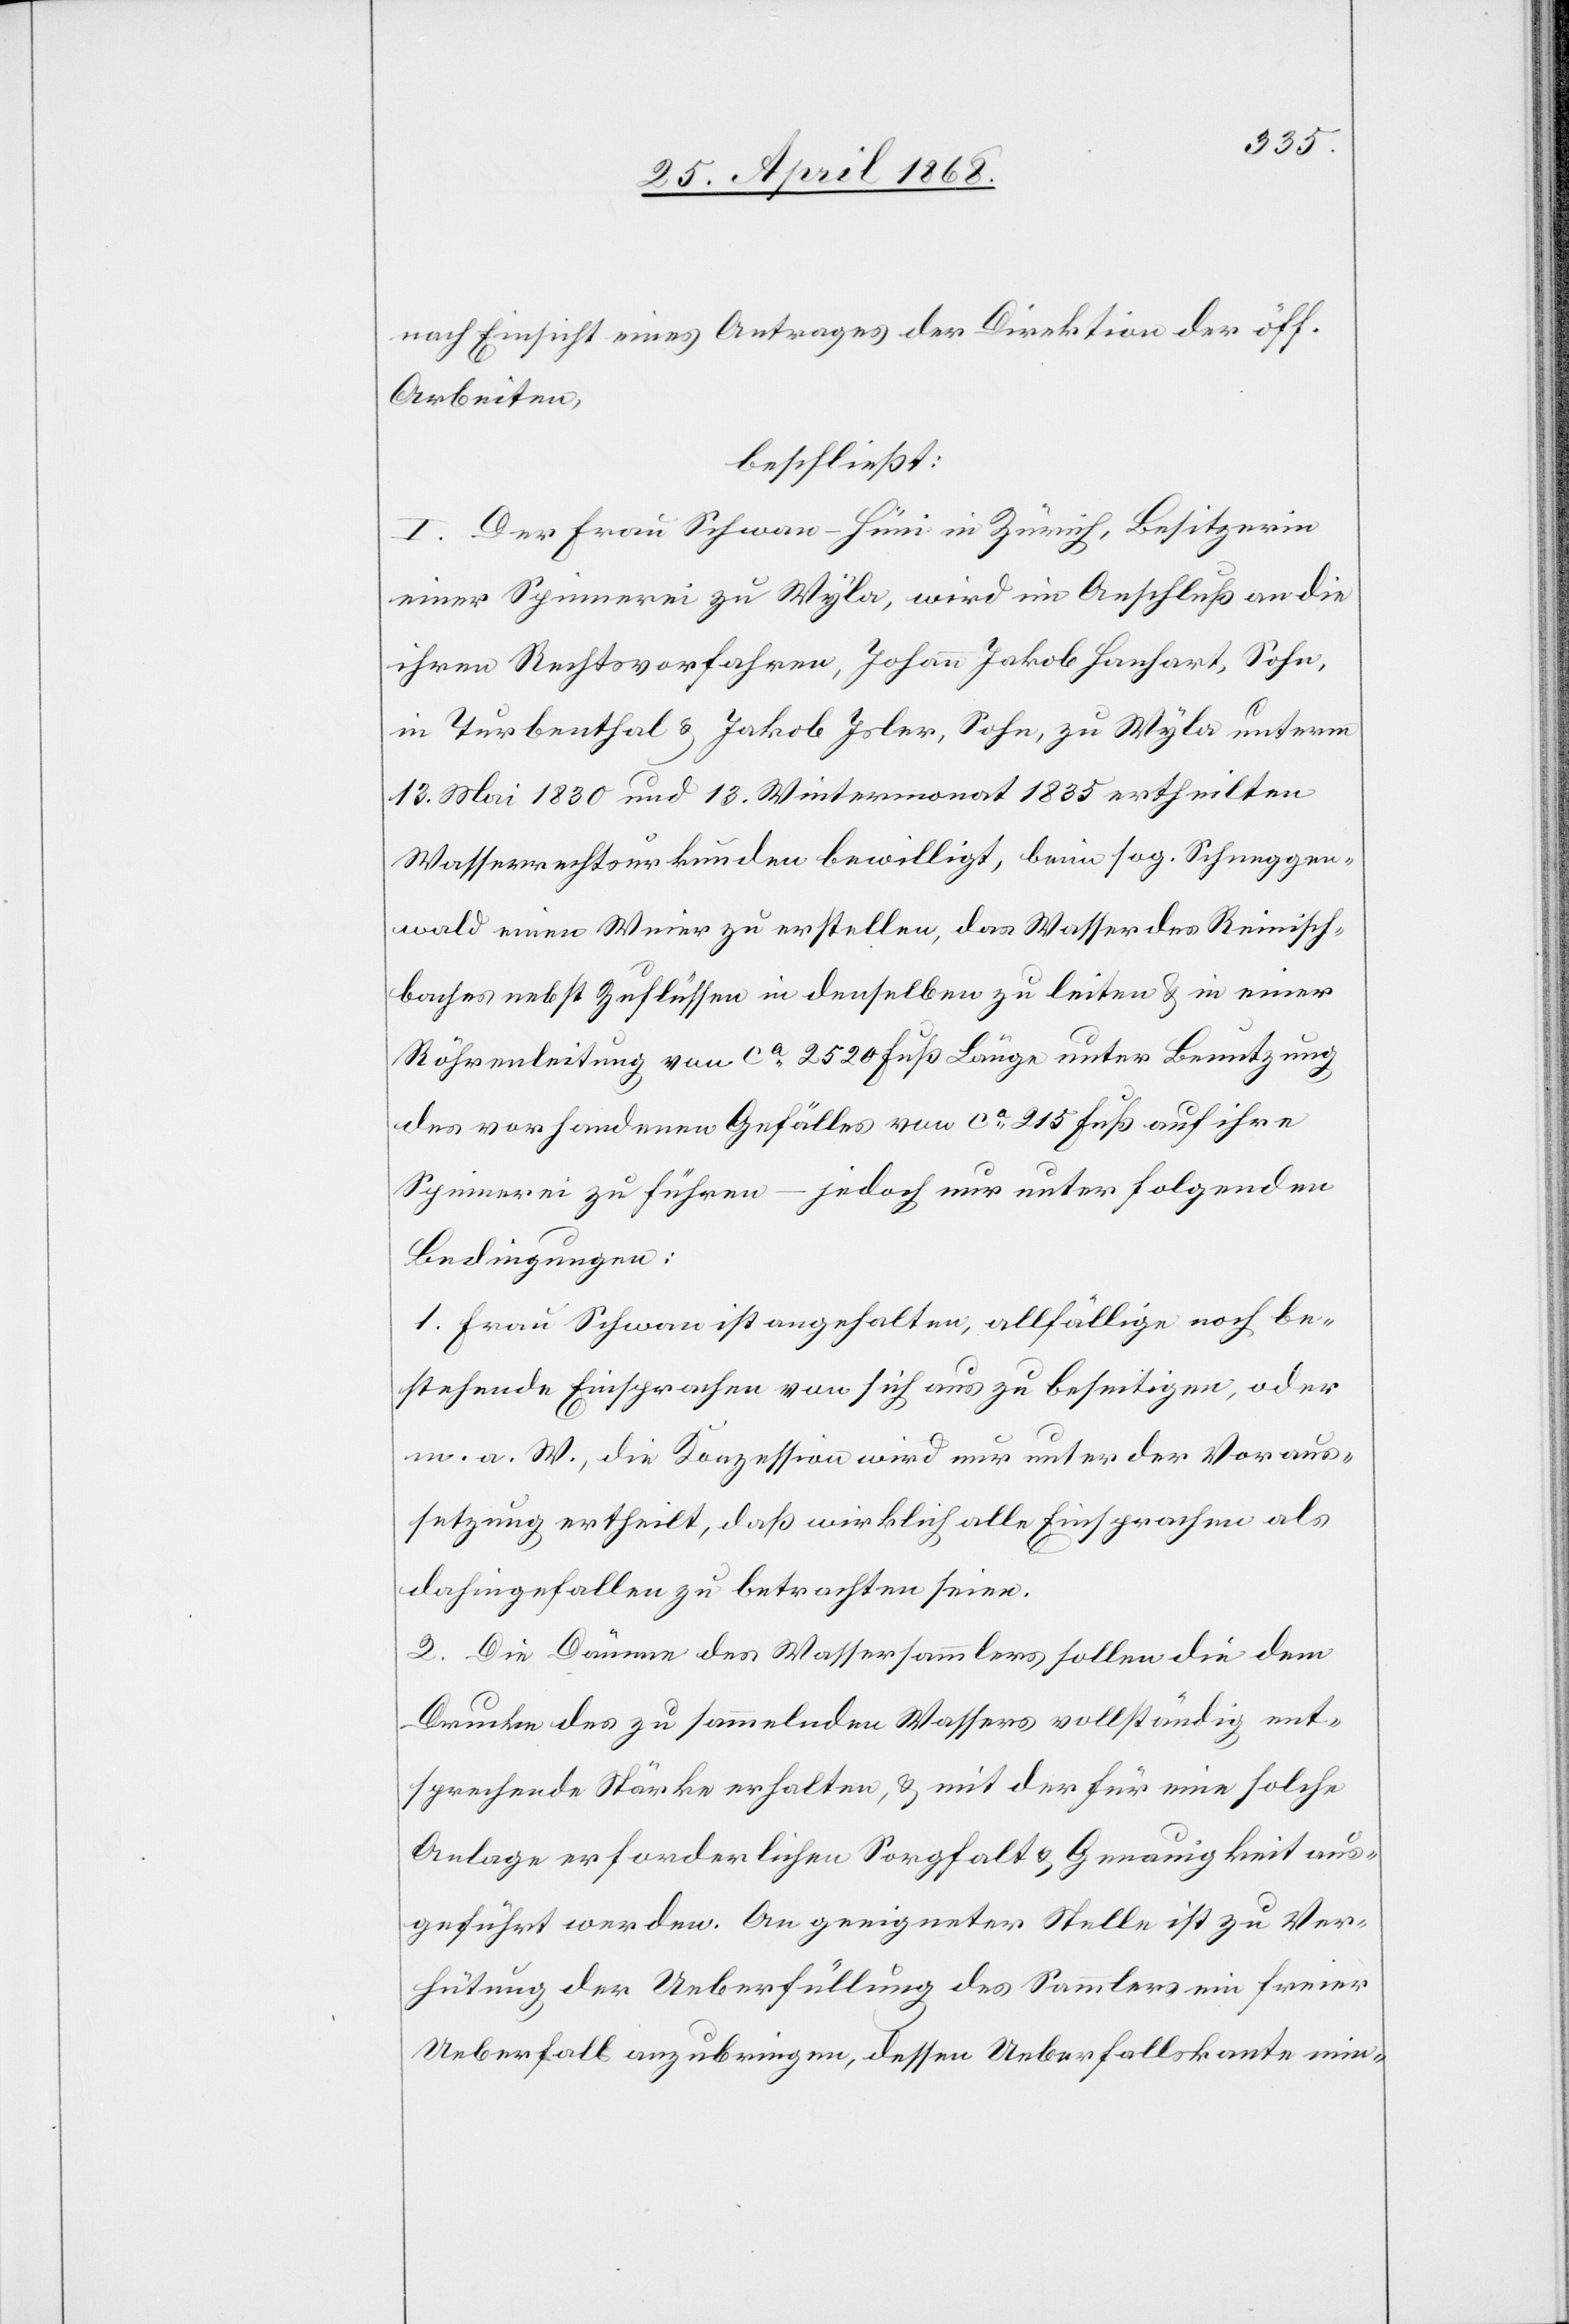
nach Einsicht eines Antrages der Direktion der öff.
Arbeiten,
beschließt:
I. Der Frau Schwan-Hüni in Zürich, Besitzerin
einer Spinnerei zu Wyla, wird im Anschluß an die
ihren Rechtsvorfahren, Johann Jakob Hanhart, Sohn,
in Turbenthal & Jakob Isler, Sohn, zu Wyla unterm
13. Mai 1830 und 13. Wintermonat 1835 ertheilten
Wasserrechtsurkunden bewilligt, beim sog. Schneggen¬
wald einen Weier zu erstellen, das Wasser des Reinisch¬
baches nebst Zuflüssen in denselben zu leiten & in einer
Röhrenleitung von ca. 2520 Fuß Länge unter Benutzung
des vorhandenen Gefälles von ca. 215 Fuß auf ihre
Spinnerei zu führen – jedoch nur unter folgenden
Bedingungen:
1. Frau Schwan ist angehalten, allfällige noch be¬
stehende Einsprachen von sich aus zu beseitigen, oder
m. a. W., die Konzession wird nur unter der Voraus¬
setzung ertheilt, daß wirklich alle Einsprachen als
dahingefallen zu betrachten seien.
2. Die Dämme des Wassersammlers sollen die dem
Drucke des zu sammelnden Wassers vollständig ent¬
sprechende Stärke erhalten, & mit der für eine solche
Anlage erforderlichen Sorgfalt & Genauigkeit aus¬
geführt werden. An geeigneter Stelle ist zu Ver¬
hütung der Ueberfüllung des Sammlers ein freier
Ueberfall anzubringen, dessen Ueberfallskante min-